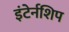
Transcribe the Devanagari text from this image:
इंटेर्नशिप